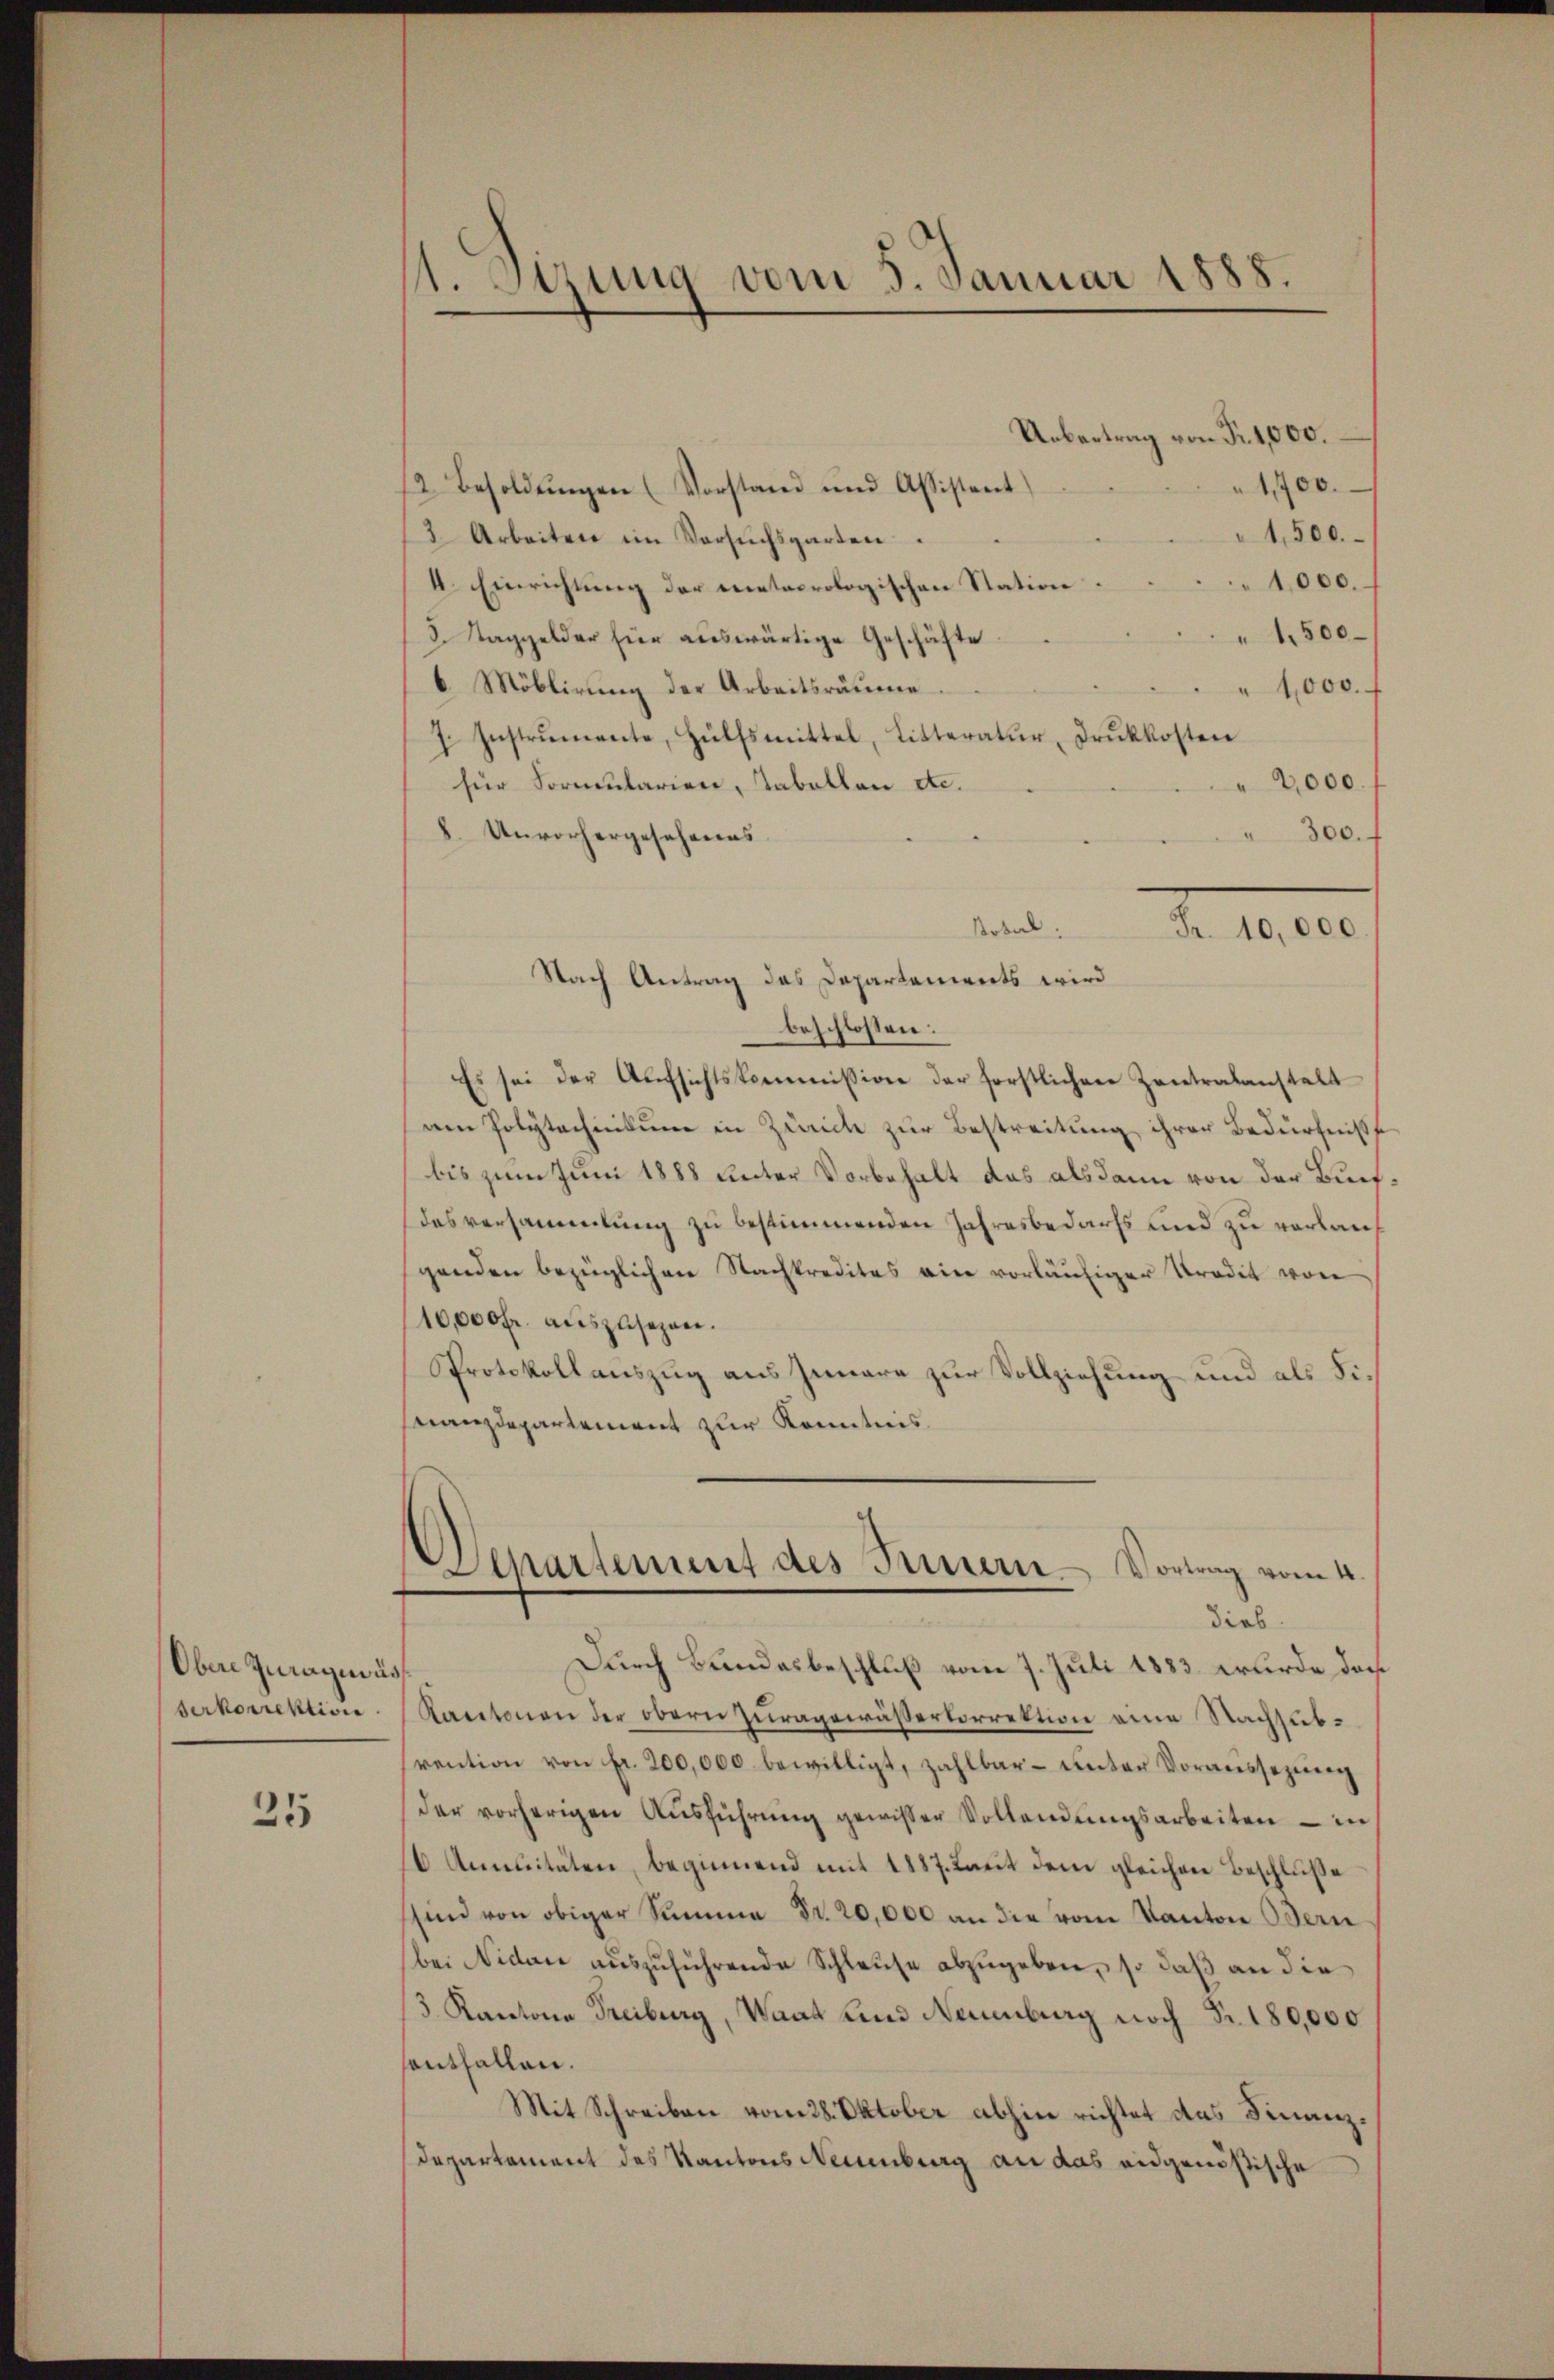
Obere Zuragnus
serkorrektion

25

1. Serung vom 5. Januar 1888.

Uebertrag von Fr. 1,000.
1,700.
12. Besoldŭngen (Vorstand und Assistent
1,500.
3 Arbeiten im Versŭchsgarten.
1,000.
4. Einrichtung der meteorologischen Station
1,500
8. Taggelder hier auswärtige Geschäfte
6 Möblirung der Arbeitsräume
1,000.
7. Instrumente, Hülfsmittel, Litteratur, Druckkosten
2,000.
für Formularien, Tabellen etc.
8. Unvorhergesehenes
300.
Dotal.
Fr. 10,000
Nach Antrag des Departanierts wird
beschlossen:
Es sei der Aŭfsichtskommission der forstlichen Zentralanstalt
am Polytechnikum in Zürich zur Bestreitung ihrer Bedürfniß
bis zum Juni 1888 unter Vorbehalt das alsdann von der Buch¬
Das versammlung zu bestimmenden Jahresbedarfs und zu verlauf
genden bezüglichen Nachkreditas ein vorläufiger Kredit von
10,000 fr. auszusehen.
Protokollauszug aus Innere zur Vollziehung und als Finanzdepartement zur Kenntnis
Departement des Innern Vortrag vom 4.
dieb
Durch Bundesbeschluß vom 7. Juli 1883 wurde das
Kacetonen der obern Zuragewässertorrektion eine Nachsubrention von fr. 200,000 bewilligt, zahlbar unter Voraussezung
der vorherigen Aŭsführŭng gewisser Vollendungsarbeiten – in
6 Amanitäten, beginnend mit 1887. Laut dem gleichen Beschluße
sind von obiger Summe Fr. 20,000 an die vom Kanton Odern
bei Nidau auszuführende Schleuse abzugeben, so daß an die
/3 Kantone Freiburg, Waat sind Neuenburg noch Fr. 180,000
santhallen.
Mit Schreiben vom 28. Oktober abhin richtet das Finanz¬
Departement des Kantons Neuenburg an das eidgenößische